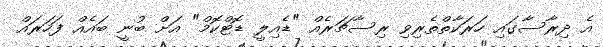
އެ ދިރާސާގައި ހަރަކާތްތެރިވި ރިސާޗަރެއް "ޑެއިލީ ޑޮޓްކޮމް" އަށް ބުނީ ބައެއް ފަހަރައް